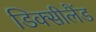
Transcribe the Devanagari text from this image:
डिक्सीलैंड